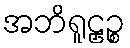
အဘိရူဠှဉ္စ